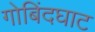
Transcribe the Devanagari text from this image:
गोबिंदघाट